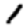
Digit: 1